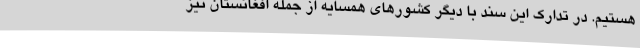
هستیم. در تدارک این سند با دیگر کشورهای همسایه از جمله افغانستان نیز